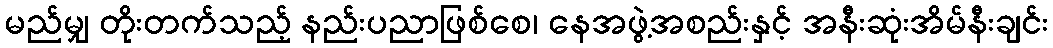
မည်မျှ တိုးတက်သည့် နည်းပညာဖြစ်စေ၊ နေအဖွဲ့အစည်းနှင့် အနီးဆုံးအိမ်နီးချင်း